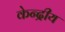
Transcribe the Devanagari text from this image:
केन्‍द्रीय